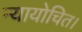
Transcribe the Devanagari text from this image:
न्यायोचित।